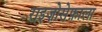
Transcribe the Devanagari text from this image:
राइज़ोसेफ़ाला